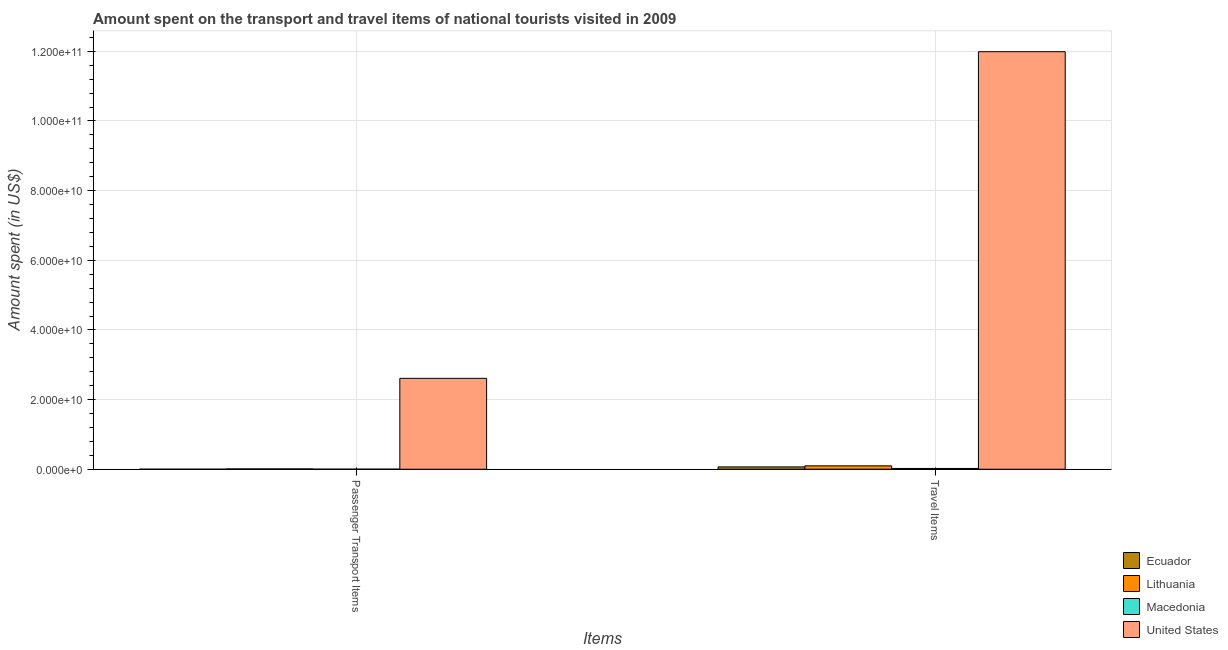
| Items | Ecuador | Lithuania | Macedonia | United States |
 | --- | --- | --- | --- | --- |
 | Passenger Transport Items | 4e+06 | 9.1e+07 | 1.4e+07 | 2.61e+10 |
 | Travel Items | 6.7e+08 | 9.72e+08 | 2.18e+08 | 1.2e+11 |